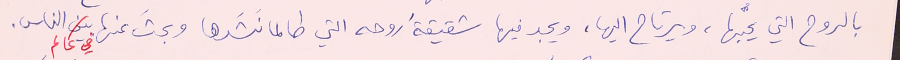
بالروح التي يحبُّها، ويرتاح اليها، ويجد فيها شقيقةُ روحه التي طالما نَشَرها وبحثَ عنها في عالم الناس.